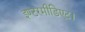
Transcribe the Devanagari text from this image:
इण्टरमीडिएट।